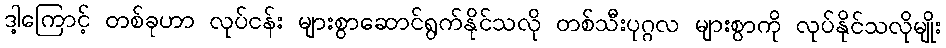
ဒါ့ကြောင့် တစ်ခုဟာ လုပ်ငန်း များစွာဆောင်ရွက်နိုင်သလို တစ်သီးပုဂ္ဂလ များစွာကို လုပ်နိုင်သလိုမျိုး